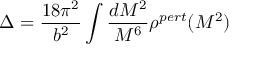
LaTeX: \Delta = \frac { 1 8 \pi ^ { 2 } } { b ^ { 2 } } \int \frac { d M ^ { 2 } } { M ^ { 6 } } \rho ^ { p e r t } ( M ^ { 2 } )